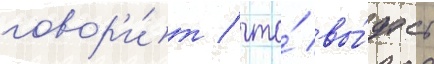
говор'и́т / что́ вы́даст